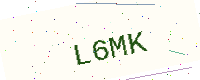
Text: L6MK